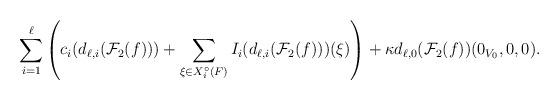
LaTeX: \begin{align*}\sum_{i=1}^\ell\left(c_i(d_{\ell,i}(\mathcal{F}_2(f)))+\sum_{\xi \in X^{\circ}_i(F)}I_i(d_{\ell,i}(\mathcal{F}_2(f)))(\xi)\right)+\kappa d_{\ell,0}(\mathcal{F}_2(f))(0_{V_0},0,0).\end{align*}